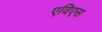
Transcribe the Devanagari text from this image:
एविएस